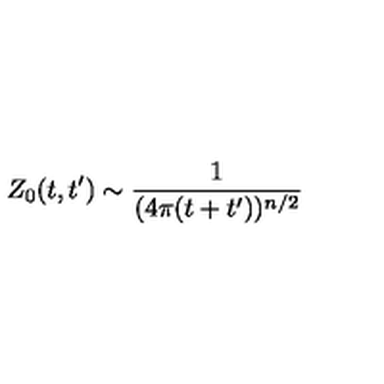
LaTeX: Z _ { 0 } ( t , t ^ { \prime } ) \sim \frac { 1 } { ( 4 \pi ( t + t ^ { \prime } ) ) ^ { n / 2 } }